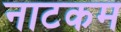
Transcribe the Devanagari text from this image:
नाटकम